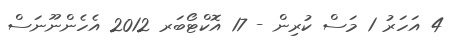
4 އަހަރު 1 މަސް ކުރިން - 17 އޮކްޓޯބަރ 2012 އެހެންނޫނަސް